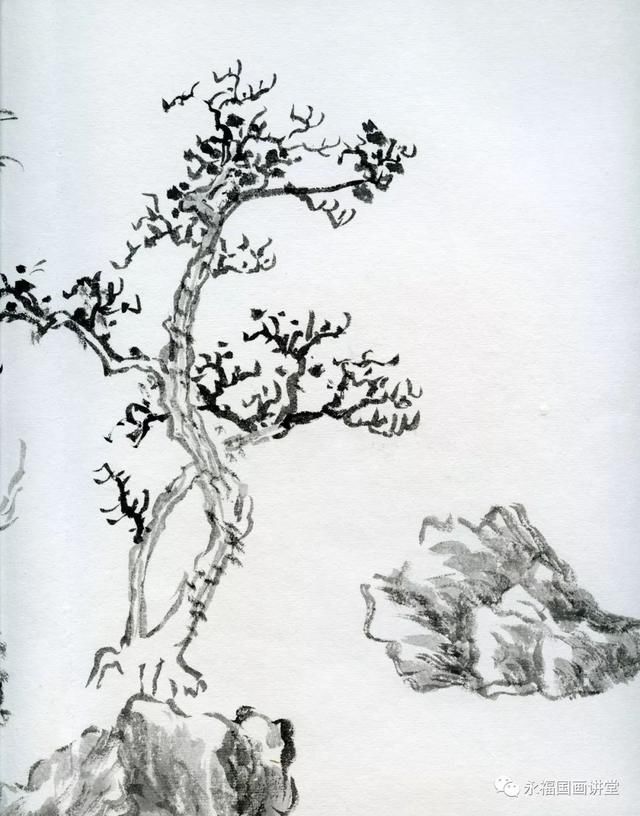
冷冷水向桥东去。漠漠云归溪上住。